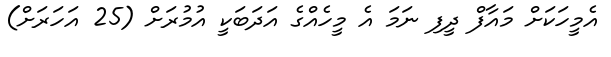
އެމީހަކަށް މައާފް ދީފި ނަމަ އެ މީހެއްގެ އަދަބަކީ އުމުރަށް (25 އަހަރަށް)